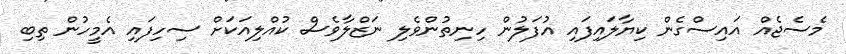
މެސެޖެއް އައިސްގެން ކިޔާލައިފައި އުފަލުން ހިނިތުންވެލި ނަޒްލާވެސް ކުއްލިއަކަށް ސިހިފައި އެމީހުން ތިބި